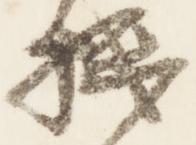
機